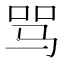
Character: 骂